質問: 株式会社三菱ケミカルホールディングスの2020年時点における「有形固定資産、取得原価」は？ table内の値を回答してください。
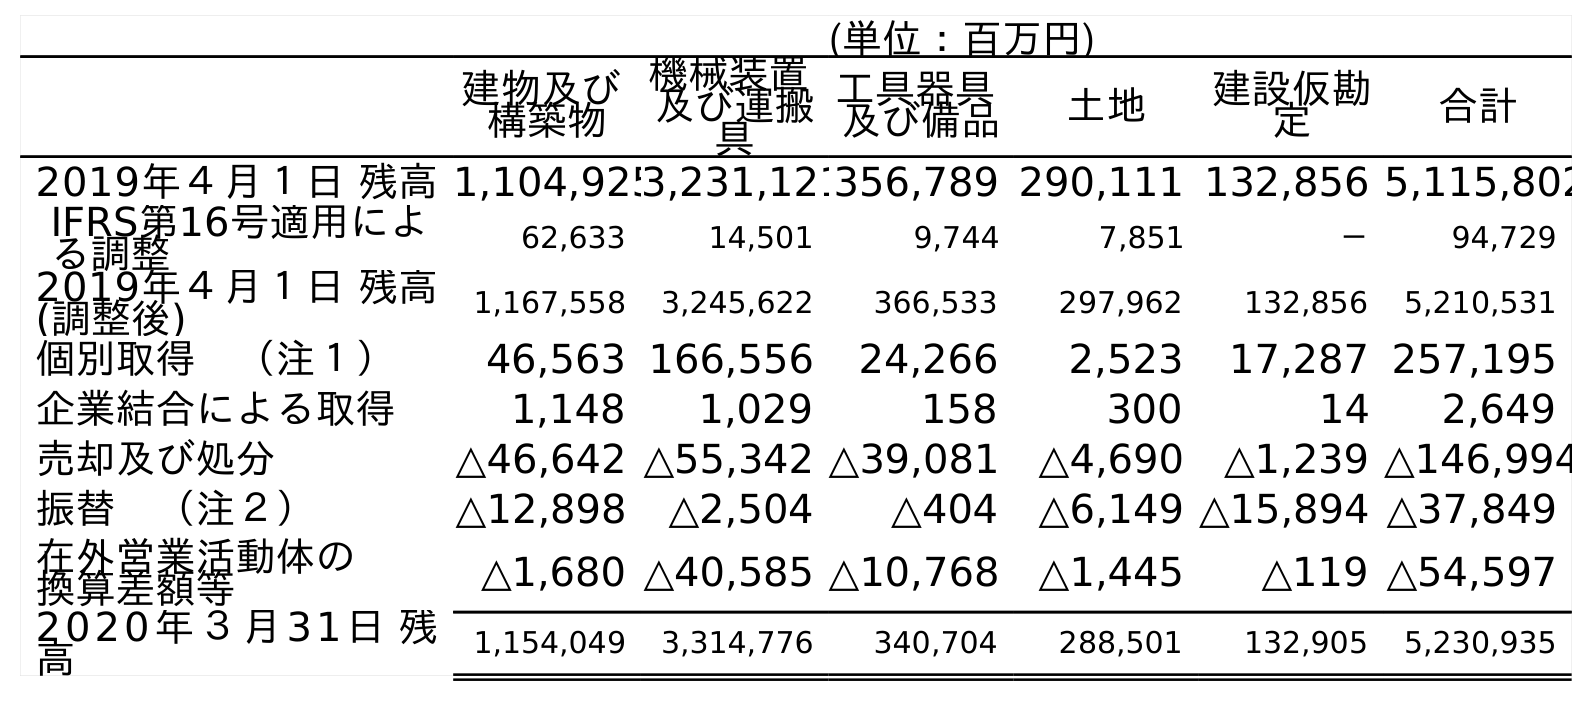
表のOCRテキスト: (単位：百万円) 建物及び 構築物 機械装置 及び運搬 具 工具器具 及び備品 土地 建設仮勘 定 合計 2019年４月１日 残高1,104,9253,231,121356,789 290,111 132,856 5,115,802 IFRS第16号適用によ る調整 62,633 14,501 9,744 7,851 － 94,729 2019年４月１日 残高 (調整後) 1,167,558 3,245,622 366,533 297,962 132,856 5,210,531 個別取得 （注１） 46,563 166,556 24,266 2,523 17,287 257,195 企業結合による取得 1,148 1,029 158 300 14 2,649 売却及び処分 △46,642 △55,342 △39,081 △4,690 △1,239 △146,994 振替 （注２） △12,898 △2,504 △404 △6,149 △15,894 △37,849 在外営業活動体の 換算差額等 △1,680 △40,585 △10,768 △1,445 △119 △54,597 2020年３月31日 残 高 1,154,049 3,314,776 340,704 288,501 132,905 5,230,935
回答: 5,230,935